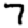
Digit: 7